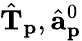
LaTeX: \hat{\mathbf{T}}_{\mathbf{p}},\hat{\mathbf{a}}_{\mathbf{p}}^{0}